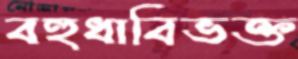
বহুধাবিভক্ত